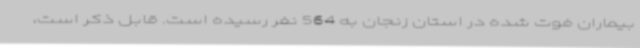
بیماران فوت شده در استان زنجان به 564 نفر رسیده است. قابل ذکر است،